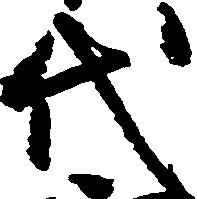
代